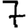
Digit: 7